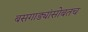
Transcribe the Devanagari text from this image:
बसगाड्यांसोबतच